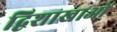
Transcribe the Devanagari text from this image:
द्विशाखाओं